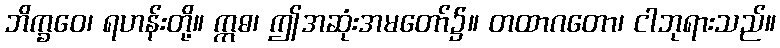
ဘိက္ခဝေ၊ ရဟန်းတို့။ ဣဓ၊ ဤအဆုံးအမတော်၌။ တထာဂတော၊ ငါဘုရားသည်။